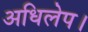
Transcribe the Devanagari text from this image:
अधिलेप।